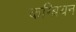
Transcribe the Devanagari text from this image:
कम्ब्रियन